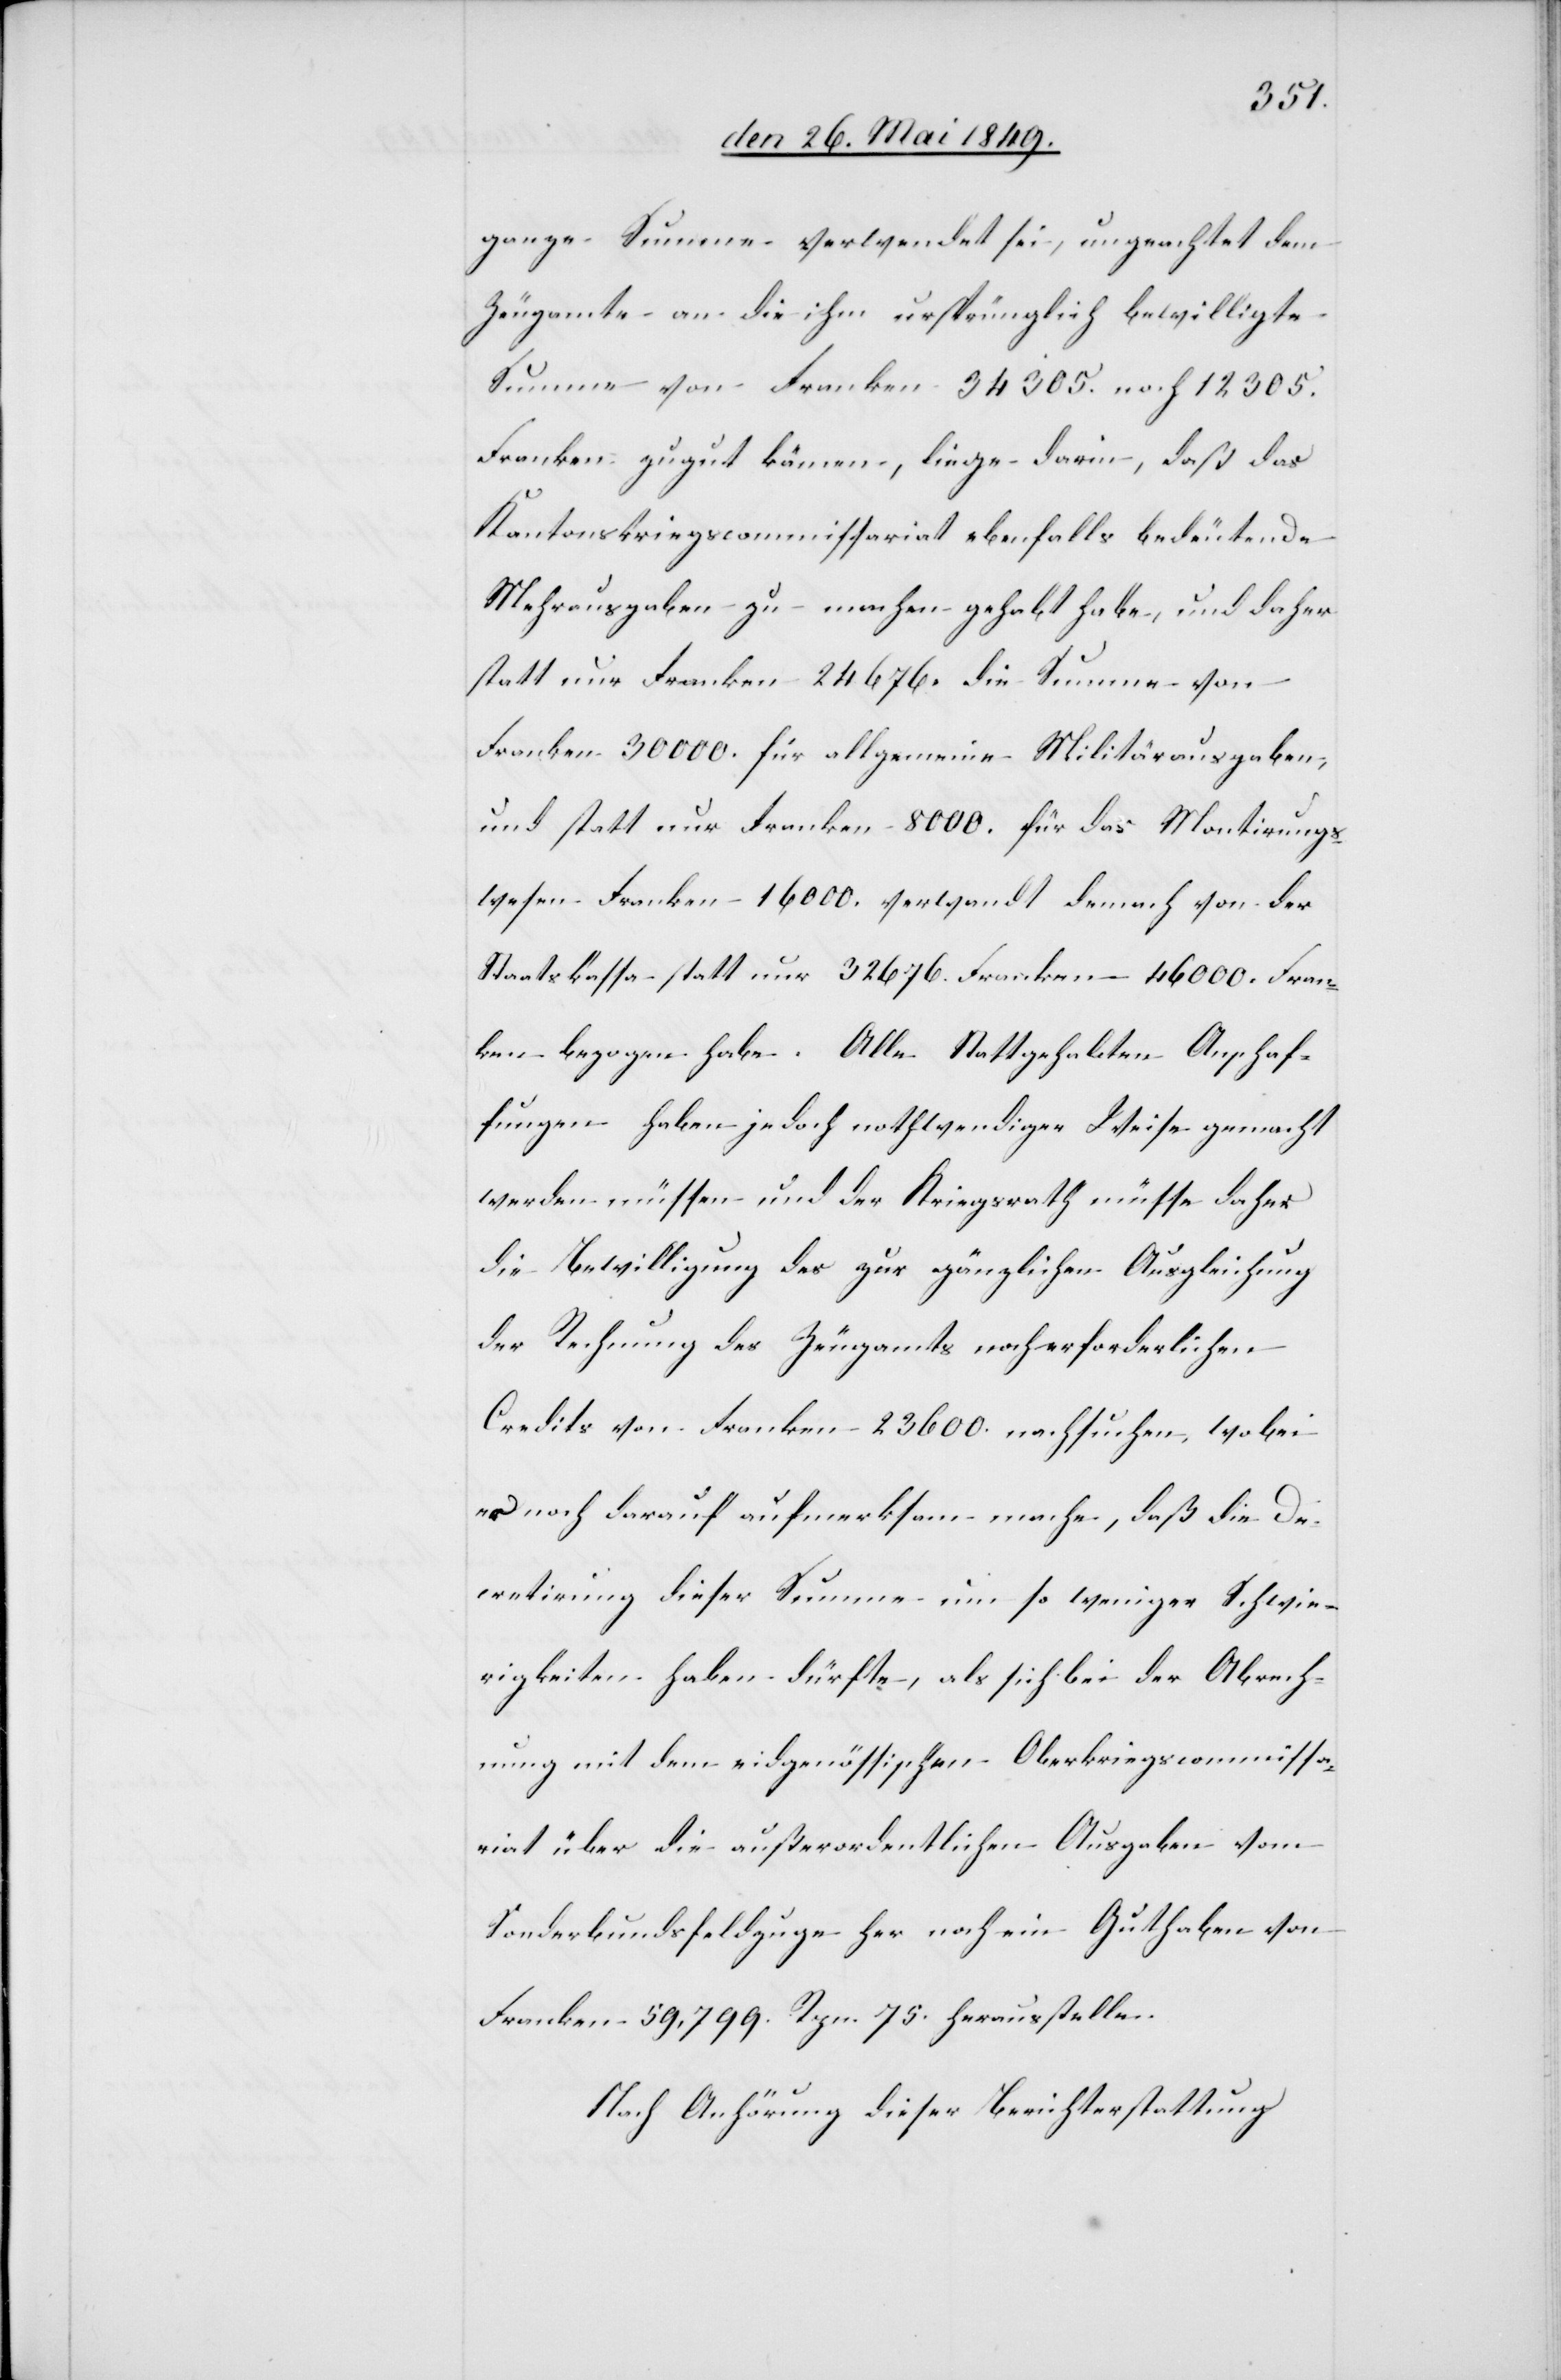
ganze Summe verwendet sei, ungeachtet dem
Zeugamte an die ihm ursprünglich bewilligte
Summe von Franken 34 305. noch 12 305.
Franken zugut kämen, liege darin, daß das
Kantonskriegscommissariat ebenfalls bedeutende
Mehrausgaben zu machen gehabt habe, und daher
statt nur Franken 24 676. die Summe von
Franken 30 000. für allgemeine Militärausgaben,
und statt nur Franken 8 000. für das Montirungs¬
wesen Franken 16 000. verwandt dem[n]ach von der
Staatskassa statt nur 32 676. Franken – 46 000. Fran¬
ken bezogen habe. Alle Stattgehabten Anschaf¬
fungen haben jedoch nothwendiger Weise gemacht
werden müssen und der Kriegsrath müsse daher
die Bewilligung des zur gänzlichen Ausgleichung
der Rechnung des Zeugamts noch erforderlichen
Credits von Franken 23 600. nachsuchen, wobei
er noch darauf aufmerksam mache, daß die De¬
cretirung dieser Summe um so weniger Schwie¬
rigkeiten haben dürfte, als sich bei der Abrech¬
nung mit dem eidgenössischen Oberkriegscommissa¬
riat über die außerordentlichen Ausgaben vom
Sonderbundsfeldzuge her noch ein Guthaben von
Franken 59,799. Rpn. 75. herausstelle.
Nach Anhörung dieser Berichterstattung